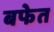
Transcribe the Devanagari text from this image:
बफेत